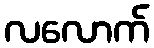
လလောက်